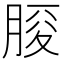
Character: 𦜒